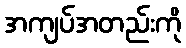
အကျပ်အတည်းကို